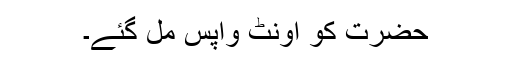
حضرت کو اونٹ واپس مل گئے۔